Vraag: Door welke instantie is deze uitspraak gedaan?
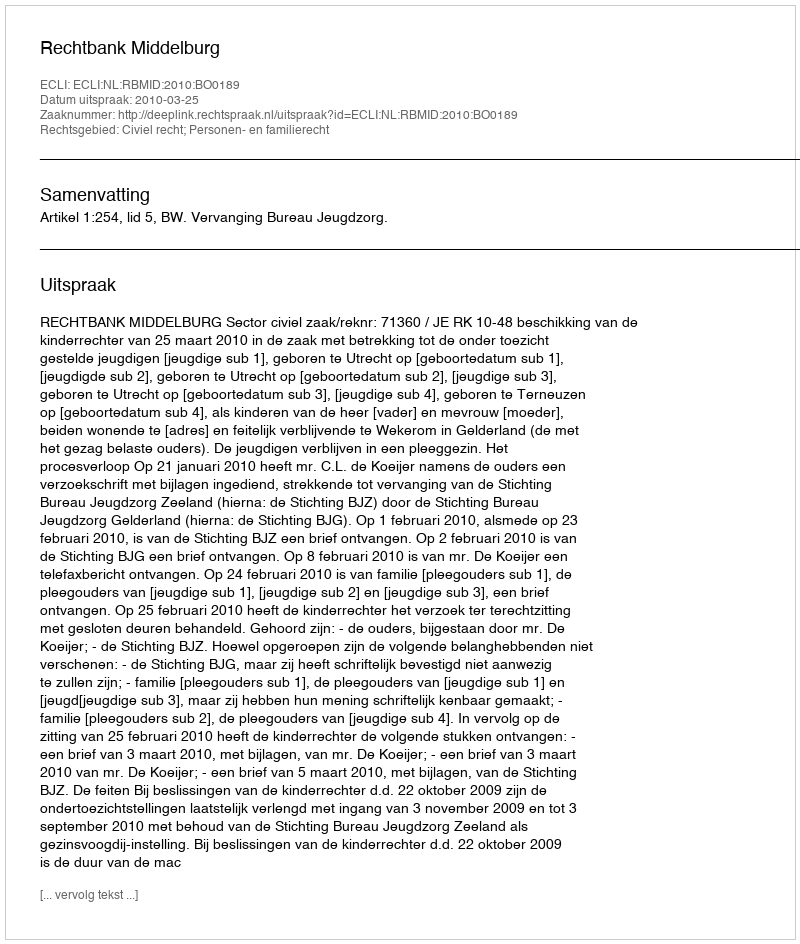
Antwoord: Rechtbank Middelburg